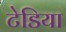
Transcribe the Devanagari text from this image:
टेडिया